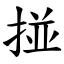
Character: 掽